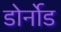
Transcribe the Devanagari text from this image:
डोर्नोड